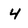
Character: 4